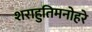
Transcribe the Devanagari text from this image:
शराहुतिमनोहरे